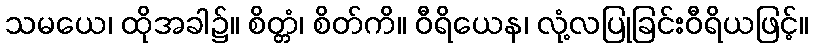
သမယေ၊ ထိုအခါ၌။ စိတ္တံ၊ စိတ်ကိ။ ဝီရိယေန၊ လုံ့လပြုခြင်းဝီရိယဖြင့်။